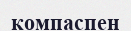
компаспен